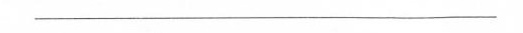
___